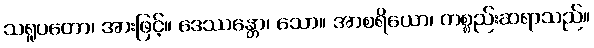
သရူပတော၊ အားဖြင့်။ ဒေဿန္တော၊ သော။ အာစရိယော၊ ကစ္စည်းဆရာသည်။